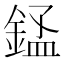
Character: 𬫬